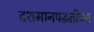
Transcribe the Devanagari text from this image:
दशमानपद्धतीच्या